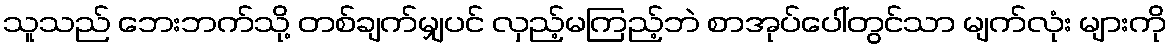
သူသည် ဘေးဘက်သို့ တစ်ချက်မျှပင် လှည့်မကြည့်ဘဲ စာအုပ်ပေါ်တွင်သာ မျက်လုံး များကို